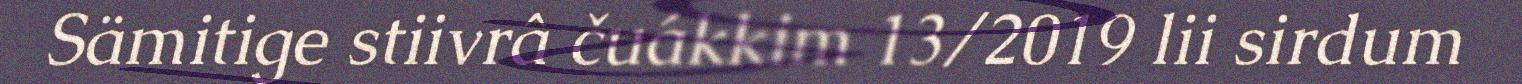
Sämitige stiivrâ čuákkim 13/2019 lii sirdum